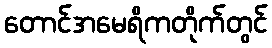
တောင်အမေရိကတိုက်တွင်